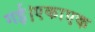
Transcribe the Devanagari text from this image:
गई।एकाएक